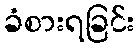
ခံစားရခြင်း